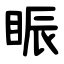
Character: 䀼